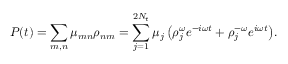
P ( t ) = \sum _ { m , n } { { \mu } _ { m n } { \rho } _ { n m } } = \sum _ { j = 1 } ^ { 2 N _ { t } } { { \mu } _ { j } \left( { \rho } _ { j } ^ { \omega } e ^ { - i \omega t } + { \rho } _ { j } ^ { - \omega } e ^ { i \omega t } \right) } .